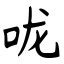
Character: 咙